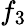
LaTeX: f_{3}